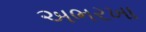
અભરખા